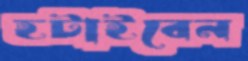
হটাইবেন